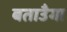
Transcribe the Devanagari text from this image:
बताउँगा